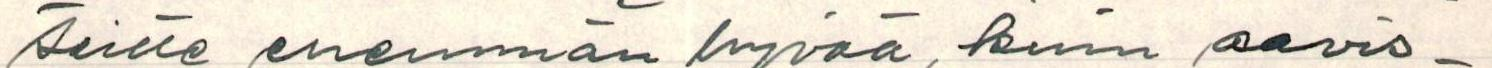
teitte enemmän hyvää, kuin aavis-